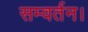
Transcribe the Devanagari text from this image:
सम्वर्तन।